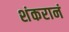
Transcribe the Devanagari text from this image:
शंकरानं